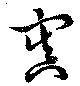
寘